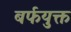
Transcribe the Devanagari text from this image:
बर्फयुक्त